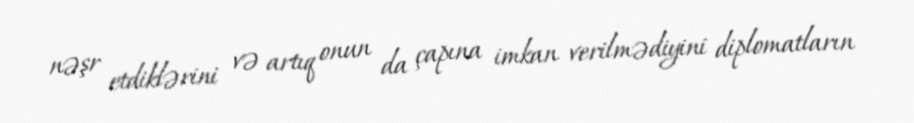
nəşr etdiklərini və artıq onun da çapına imkan verilmədiyini diplomatların